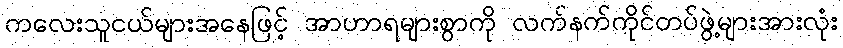
ကလေးသူငယ်များအနေဖြင့် အာဟာရများစွာကို လက်နက်ကိုင်တပ်ဖွဲ့များအားလုံး